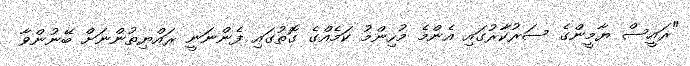
"ރައީސް ޔާމީންގެ ސަރުކާރުގައި އެންމެ މުހިންމު ކަމެއްގެ ގޮތުގައި ފެންނަނީ ރައްޔިތުންނަށް ބޭނުންވާ